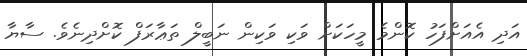
އަދި އެއަށްފަހު ކޮންމެ މީހަކަށް ވަކި ވަކިން ނަބީލް ތަޢާރަފް ކޮށްދިނެވެ. ސާޔާ